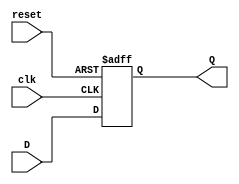
module flip_flop_register #(
    parameter N = 8  // Number of bits in the register
)(
    input wire clk,       // Clock input
    input wire reset,     // Asynchronous reset input
    input wire [N-1:0] D, // N-bit data input
    output reg [N-1:0] Q  // N-bit data output
);

// Asynchronous reset and clock behavior
always @(posedge clk or posedge reset) begin
    if (reset) begin
        // Reset all flip-flops to 0
        Q <= {N{1'b0}};
    end else begin
        // Capture data on the rising edge of the clock
        Q <= D;
    end
end

endmodule